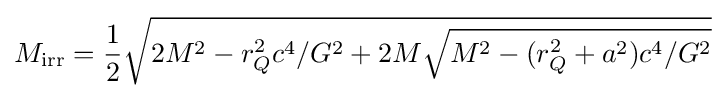
M_{\rm {irr}}={\frac {1}{2}}{\sqrt {2M^{2}-r_{Q}^{2}c^{4}/G^{2}+2M{\sqrt {M^{2}-(r_{Q}^{2}+a^{2})c^{4}/G^{2}}}}}